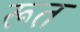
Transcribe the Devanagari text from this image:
रूत